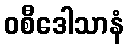
ဝစီဒေါသာနံ